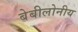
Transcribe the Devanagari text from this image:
बेबीलोनीय